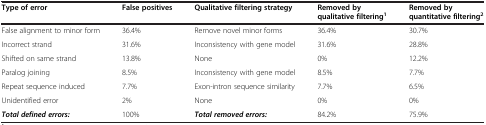
| Type of error | False positives | Qualitative filtering strategy | Removed by qualitative filtering1 | Removed by quantitative filtering2 |
 | --- | --- | --- | --- | --- |
 | False alignment to minor form | 36.4% | Remove novel minor forms | 36.4% | 30.7% |
 | Incorrect strand | 31.6% | Inconsistency with gene model | 31.6% | 28.8% |
 | Shifted on same strand | 13.8% | None | 0% | 12.2% |
 | Paralog joining | 8.5% | Inconsistency with gene model | 8.5% | 7.7% |
 | Repeat sequence induced | 7.7% | Exon-intron sequence similarity | 7.7% | 6.5% |
 | Unidentified error | 2% | None | 0% | 0% |
 | Total defined errors: | 100% | Total removed errors: | 84.2% | 75.9% |